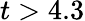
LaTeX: t>4.3